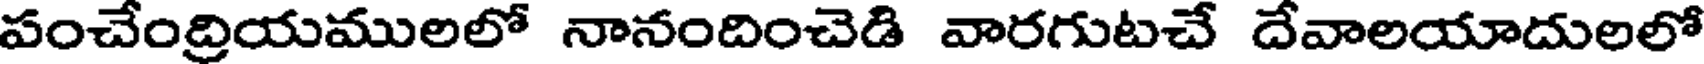
పంచేంద్రియములలో నానందించెడి వారగుటచే దేవాలయాదులలో